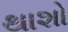
થાશો